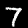
Digit: 7